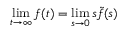
\operatorname* { l i m } _ { t \to \infty } f ( t ) = \operatorname* { l i m } _ { s \to 0 } s \tilde { f } ( s )